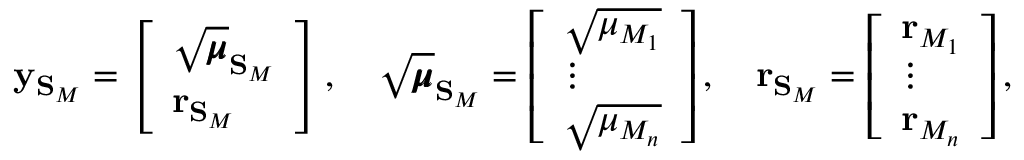
\mathbf { y } _ { \mathbf { S } _ { M } } = \left[ \begin{array} { l } { \sqrt { \pmb { \mu } } _ { \mathbf { S } _ { M } } } \\ { \mathbf { r } _ { \mathbf { S } _ { M } } } \end{array} \right] , \quad \sqrt { \pmb { \mu } } _ { \mathbf { S } _ { M } } = \left[ \begin{array} { l } { \sqrt { \mu _ { M _ { 1 } } } } \\ { \vdots } \\ { \sqrt { \mu _ { M _ { n } } } } \end{array} \right] , \quad \mathbf { r } _ { \mathbf { S } _ { M } } = \left[ \begin{array} { l } { \mathbf { r } _ { M _ { 1 } } } \\ { \vdots } \\ { \mathbf { r } _ { M _ { n } } } \end{array} \right] ,